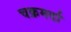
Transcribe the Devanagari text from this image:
चक्रमर्दा